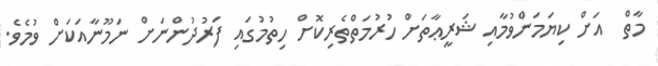
މާތް  އަށް ކިޔަމަންވުމާއި ޝަރީޢާތަށް ހުރުމަތްތެރިކޮށް ހިތުމުގައި ފަރުދުންނަށް ނަމޫނާއަކަށް ވުމެވެ.